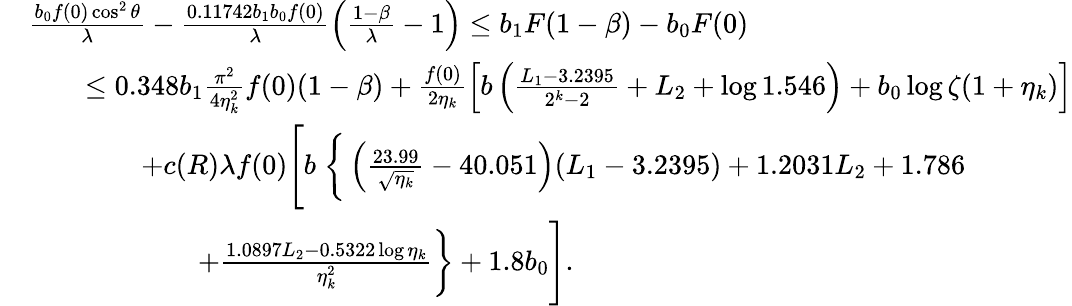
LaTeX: \begin{array}{rl}&{\frac{b_{0}f(0)\cos^{2}\theta}{\lambda}-\frac{0.11742b_{1}b_{0}f(0)}{\lambda}\left(\frac{1-\beta}{\lambda}-1\right)\le b_{1}F(1-\beta)-b_{0}F(0)}\\ &{\qquad\le 0.348b_{1}\frac{\pi^{2}}{4\eta_{k}^{2}}f(0)(1-\beta)+\frac{f(0)}{2\eta_{k}}\left[b\left(\frac{L_{1}-3.2395}{2^{k}-2}+L_{2}+\log 1.546\right)+b_{0}\log\zeta(1+\eta_{k})\right]}\\ &{\qquad\qquad+c(R)\lambda f(0)\Bigg[b\; \bigg\{ \left(\frac{23.99}{\sqrt{\eta_{k}}}-40.051\right)(L_{1}-3.2395)+1.2031L_{2}+1.786}\\ &{\qquad\qquad\qquad+\frac{1.0897L_{2}-0.5322\log\eta_{k}}{\eta_{k}^{2}}\bigg\} +1.8b_{0}\Bigg].}\end{array}